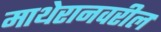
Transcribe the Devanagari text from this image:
माथेरानवरील